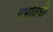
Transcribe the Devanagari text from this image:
गर्भावधी